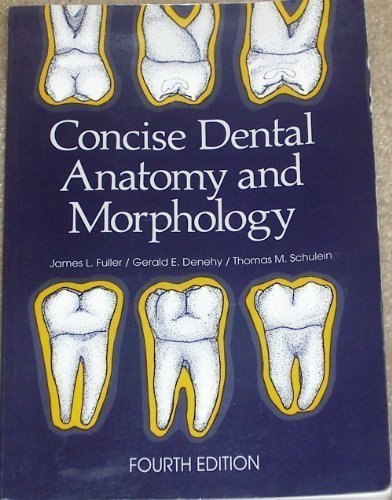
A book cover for Concise Dental Anatomy and Morphology 4th (fourth) edition by Fuller, Jim published by University of Iowa College of Dentistry (2001) [Paperback]; Jim Fuller; Medical Books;